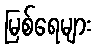
မြစ်ရေများ